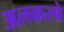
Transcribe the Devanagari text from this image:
अलकस्बे